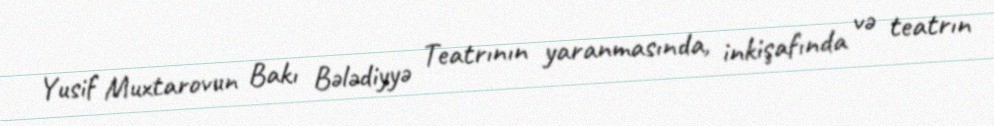
Yusif Muxtarovun Bakı Bələdiyyə Teatrının yaranmasında, inkişafında və teatrın